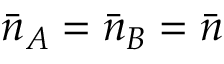
\bar { n } _ { A } = \bar { n } _ { B } = \bar { n }